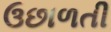
ઉછાળતી